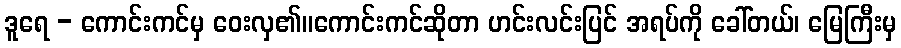
ဒူရေ - ကောင်းကင်မှ ဝေးလှ၏။ကောင်းကင်ဆိုတာ ဟင်းလင်းပြင် အရပ်ကို ခေါ်တယ်၊ မြေကြီးမှ